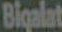
Bigalat